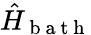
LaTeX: \hat{H}_{\mathrm{~b~a~t~h~}}